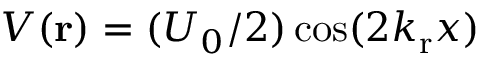
V ( { \bf r } ) = ( U _ { 0 } / 2 ) \cos ( 2 k _ { \mathrm r } x )